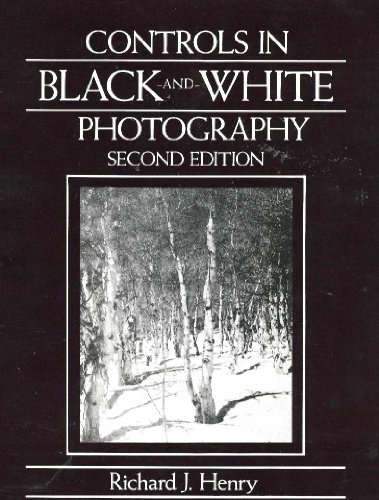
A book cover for Controls in Black-And-White Photography; Richard J. Henry; Arts & Photography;